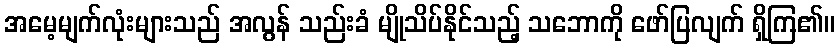
အမေ့မျက်လုံးများသည် အလွန် သည်းခံ မျိုသိပ်နိုင်သည့် သဘောကို ဖော်ပြလျက် ရှိကြ၏။